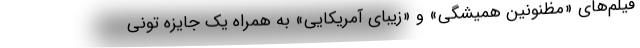
فیلم‌های «مظنونین همیشگی» و «زیبای آمریکایی» به همراه یک جایزه تونی